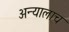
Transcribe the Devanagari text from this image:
अन्यालाच